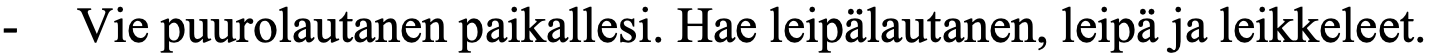
-  Vie puurolautanen paikallesi. Hae leipälautanen, leipä ja leikkeleet.